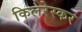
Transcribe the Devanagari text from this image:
किलरेस्कर